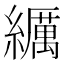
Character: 𦆨